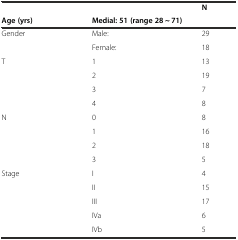
<table><thead><tr><td></td><td></td><td><b>N</b></td></tr><tr><td><b>Age (yrs)</b></td><td colspan="2"><b>Medial: 51 (range 28 ~ 71)</b></td></tr></thead><tbody><tr><td>Gender</td><td>Male:</td><td>29</td></tr><tr><td></td><td>Female:</td><td>18</td></tr><tr><td rowspan="4">T</td><td>1</td><td>13</td></tr><tr><td>2</td><td>19</td></tr><tr><td>3</td><td>7</td></tr><tr><td>4</td><td>8</td></tr><tr><td rowspan="4">N</td><td>0</td><td>8</td></tr><tr><td>1</td><td>16</td></tr><tr><td>2</td><td>18</td></tr><tr><td>3</td><td>5</td></tr><tr><td rowspan="5">Stage</td><td>I</td><td>4</td></tr><tr><td>II</td><td>15</td></tr><tr><td>III</td><td>17</td></tr><tr><td>IVa</td><td>6</td></tr><tr><td>IVb</td><td>5</td></tr></tbody></table>